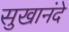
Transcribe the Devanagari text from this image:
सुखानंदे